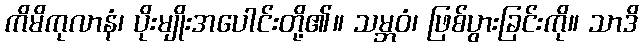
ကိမိကုလာနံ၊ ပိုးမျိုးအပေါင်းတို့၏။ သမ္ဘဝံ၊ ဖြစ်ပွားခြင်းကို။ သာဒိ